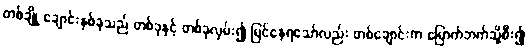
တစ်ချို့ ချောင်းနှစ်ခုသည် တစ်ခုနှင့် တစ်ခုလှမ်း၍ မြင်နေရသော်လည်း တစ်ချောင်းက မြောက်ဘက်သို့စီး၍